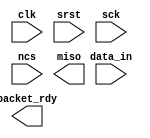
// This program was cloned from: https://github.com/Elphel/x393
// License: GNU General Public License v3.0

/*!
 * <b>Module:</b> vospi
 * @file vospi.v
 * @date 2019-03-31  
 * @author Andrey Filippov
 *     
 * @brief single packet ;processing with a ping-pong buffer
 *
 * @copyright Copyright (c) 2019 Elphel, Inc.
 *
 * <b>License </b>
 *
 * vospi.v is free software; you can redistribute it and/or modify
 * it under the terms of the GNU General Public License as published by
 * the Free Software Foundation, either version 3 of the License, or
 * (at your option) any later version.
 *
 * vospi.v is distributed in the hope that it will be useful,
 * but WITHOUT ANY WARRANTY; without even the implied warranty of
 * MERCHANTABILITY or FITNESS FOR A PARTICULAR PURPOSE.  See the
 * GNU General Public License for more details.
 *
 * You should have received a copy of the GNU General Public License
 * along with this program.  If not, see <http://www.gnu.org/licenses/> .
 *
 * Additional permission under GNU GPL version 3 section 7:
 * If you modify this Program, or any covered work, by linking or combining it
 * with independent modules provided by the FPGA vendor only (this permission
 * does not extend to any 3-rd party modules, "soft cores" or macros) under
 * different license terms solely for the purpose of generating binary "bitstream"
 * files and/or simulating the code, the copyright holders of this Program give
 * you the right to distribute the covered work without those independent modules
 * as long as the source code for them is available from the FPGA vendor free of
 * charge, and there is no dependence on any encrypted modules for simulating of
 * the combined code. This permission applies to you if the distributed code
 * contains all the components and scripts required to completely simulate it
 * with at least one of the Free Software programs.
 */
`timescale 1ns/1ps

module  vospi(
    input        clk,
    input        srst,
    input [15:0] data_in,
    output       packet_rdy, // @clk
    input        sck,        // SPI clk
    input        ncs,        // SPI active-low CS
    output       miso       // SPI data out
);


endmodule